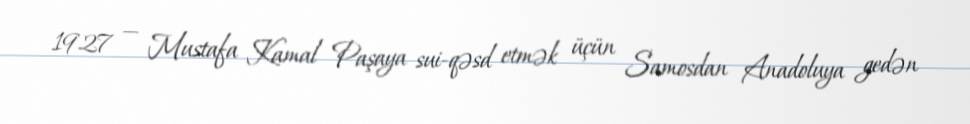
1927 — Mustafa Kamal Paşaya sui-qəsd etmək üçün Samosdan Anadoluya gedən